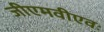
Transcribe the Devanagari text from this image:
जीएमवीएवः